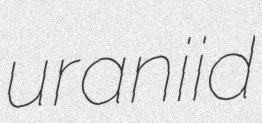
uraniid